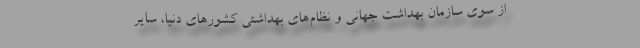
از سوی سازمان بهداشت جهانی و نظام‌های بهداشتی کشورهای دنیا، سایر